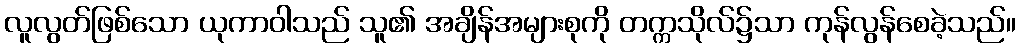
လူလွတ်ဖြစ်သော ယုကာဝါသည် သူ၏ အချိန်အများစုကို တက္ကသိုလ်၌သာ ကုန်လွန်စေခဲ့သည်။